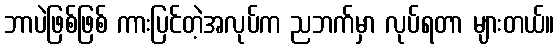
ဘာပဲဖြစ်ဖြစ် ကားပြင်တဲ့အလုပ်က ညဘက်မှာ လုပ်ရတာ များတယ်။